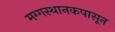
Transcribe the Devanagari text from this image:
मग्गस्थानकपासून